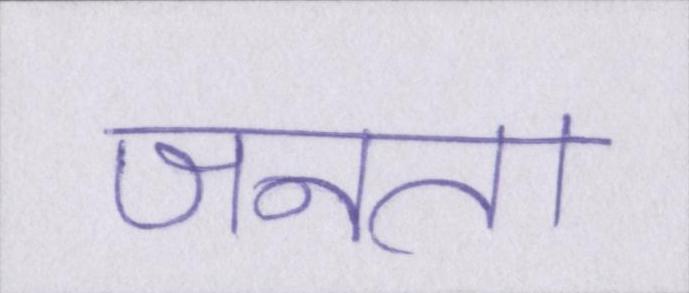
जनता